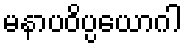
မနာပဝိပ္ပယောဂါ